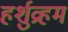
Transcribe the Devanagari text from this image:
हर्शुव्रहम